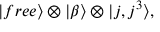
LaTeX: | f r e e \rangle \otimes | \beta \rangle \otimes | j , j ^ { 3 } \rangle ,